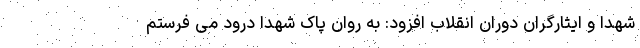
شهدا و ایثارگران دوران انقلاب افزود: به روان پاک شهدا درود می فرستم